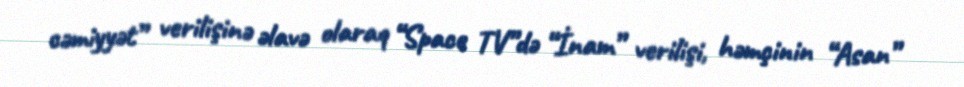
cəmiyyət” verilişinə əlavə olaraq “Space TV”də “İnam” verilişi, həmçinin “Asan”